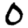
Digit: 0